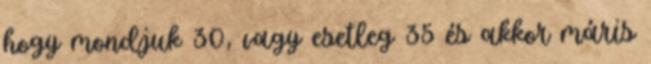
hogy mondjuk 30, vagy esetleg 35 és akkor máris